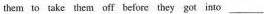
them to take them off before they got into ___